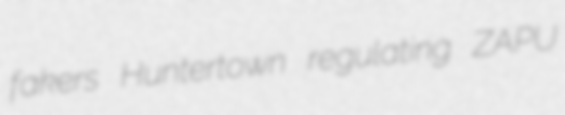
fakers Huntertown regulating ZAPU